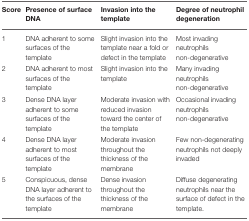
| Score | Presence of surface DNA | Invasion into the template | Degree of neutrophil degeneration |
 | --- | --- | --- | --- |
 | 1 | DNA adherent to some surfaces of the template | Slight invasion into the template near a fold or defect in the template | Most invading neutrophils non-degenerative |
 | 2 | DNA adherent to most surfaces of the template | Slight invasion into the template | Many invading neutrophils non-degenerative |
 | 3 | Dense DNA layer adherent to some surfaces of the template | Moderate invasion with reduced invasion toward the center of the template | Occasional invading neutrophils non-degenerative |
 | 4 | Dense DNA layer adherent to most surfaces of the template | Moderate invasion throughout the thickness of the membrane | Few non-degenerating neutrophils not deeply invaded |
 | 5 | Conspicuous, dense DNA layer adherent to the surfaces of the template | Dense invasion throughout the thickness of the membrane | Diffuse degenerating neutrophils near the surface of defect in the template. |